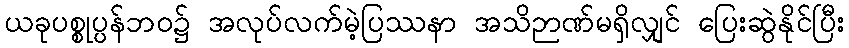
ယခုပစ္စုပ္ပန်ဘဝ၌ အလုပ်လက်မဲ့ပြဿနာ အသိဉာဏ်မရှိလျှင် ပြေးဆွဲနိုင်ပြီး